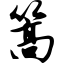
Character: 篙